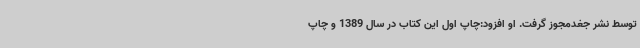
توسط نشر جغدمجوز گرفت. او افزود:چاپ اول این کتاب در سال 1389 و چاپ